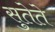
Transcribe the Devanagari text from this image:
सुतेते